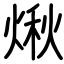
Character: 煍